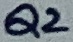
Text: Q2